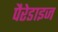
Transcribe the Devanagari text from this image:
पैरेडाइज